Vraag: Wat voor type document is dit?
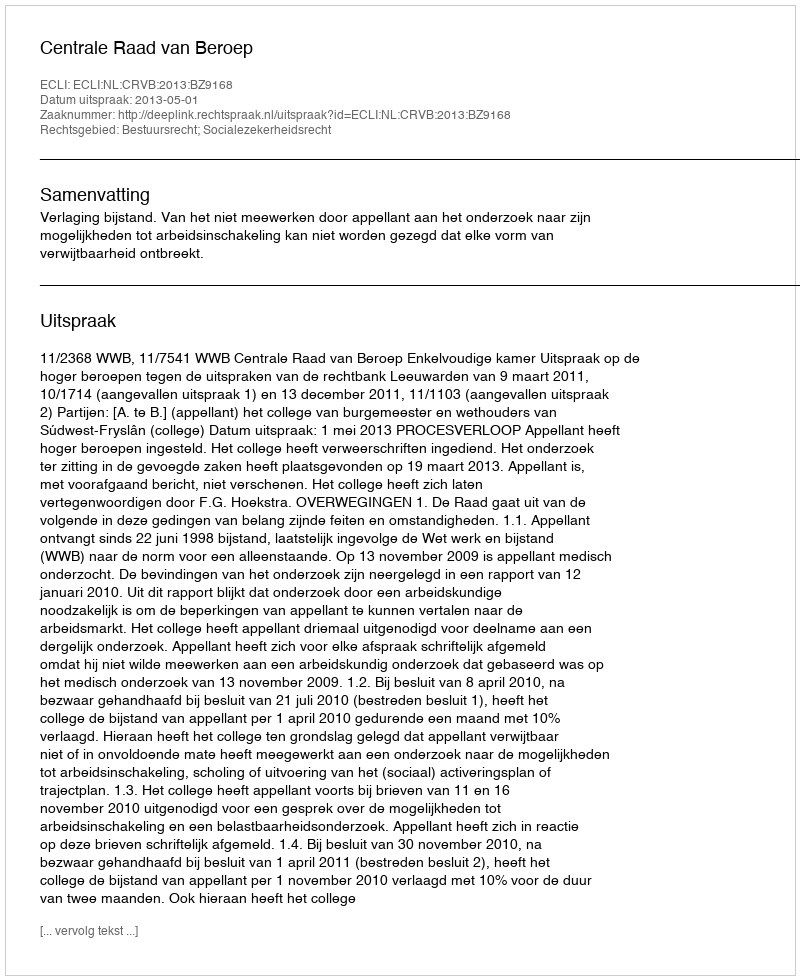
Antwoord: Uitspraak